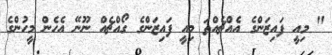
" މިއީ ފައިޒަންގެ އެއްޗެއްތަ މިއީ ފައިޒަންގެ ގޯއްޗެއް ނޫނޭ އެހެން މީހުންގެ